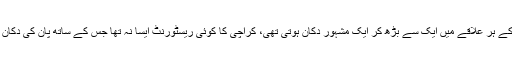
شہر کے ہر علاقے میں ایک سے بڑھ کر ایک مشہور دکان ہوتی تھی، کراچی کا کوئی ریسٹورنٹ ایسا نہ تھا جس کے ساتھ پان کی دکان نہ ہو۔